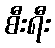
စီးရီး